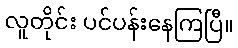
လူတိုင်း ပင်ပန်းနေကြပြီ။